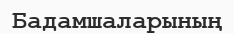
Бадамшаларының